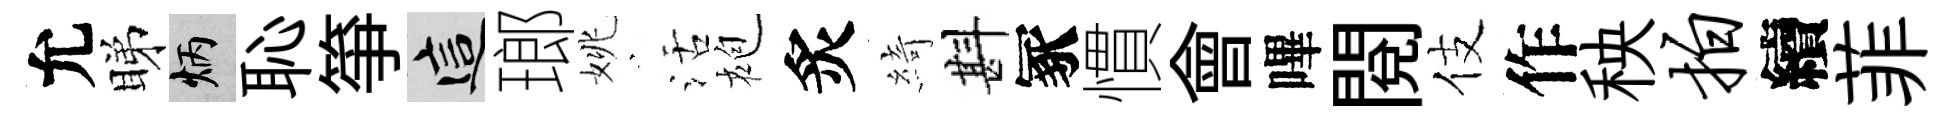
允睇炳恥箏這瑯姚活袍炙綺斟冢慣會嗶閱伎作秧拍續菲